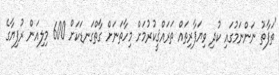
"ތަފާތު ނަންނަމުގައި ކުދި ވިޔަފާރިތައް ތަރައްޤީކުރުމަށް މިހާތަނަށް ގާތްގަނޑަކަށް 600 މިލިއަން ރުފިޔާގެ